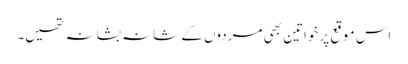
اس موقع پر خواتین بھی مردوں کے شانہ بشانہ تھیں۔